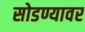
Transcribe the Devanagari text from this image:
सोडण्यावर